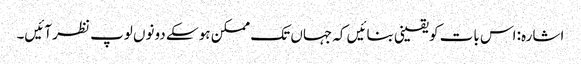
اشارہ: اس بات کو یقینی بنائیں کہ جہاں تک ممکن ہو سکے دونوں لوپ نظر آئیں۔